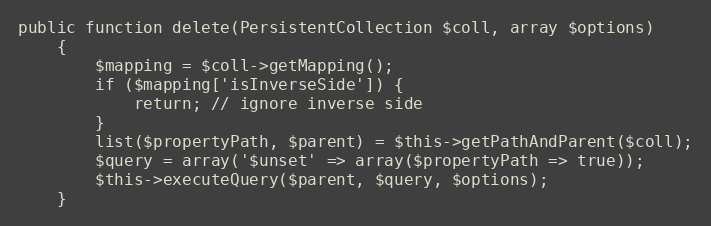
Language: PHP
public function delete(PersistentCollection $coll, array $options)
    {
        $mapping = $coll->getMapping();
        if ($mapping['isInverseSide']) {
            return; // ignore inverse side
        }
        list($propertyPath, $parent) = $this->getPathAndParent($coll);
        $query = array('$unset' => array($propertyPath => true));
        $this->executeQuery($parent, $query, $options);
    }